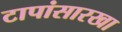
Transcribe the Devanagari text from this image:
टापांसारखा